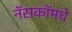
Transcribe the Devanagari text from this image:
नॅसकॉमचे